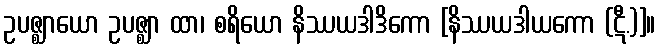
ဥပဇ္ဈာယော ဥပဇ္ဈာ ထာ၊ စရိယော နိဿယဒါဒိကော [နိဿယဒါယကော (ဋီ.)]။